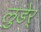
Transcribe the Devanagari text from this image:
लुडेर्